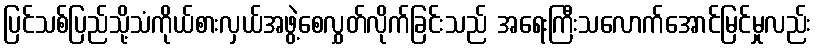
ပြင်သစ်ပြည်သို့သံကိုယ်စားလှယ်အဖွဲ့စေလွှတ်လိုက်ခြင်းသည် အရေးကြီးသလောက်အောင်မြင်မှုလည်း